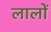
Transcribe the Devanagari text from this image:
लालों